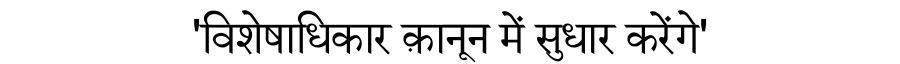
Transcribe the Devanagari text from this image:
'विशेषाधिकार क़ानून में सुधार करेंगे'